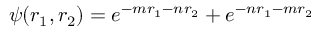
\psi ( r _ { 1 } , r _ { 2 } ) = e ^ { - m r _ { 1 } - n r _ { 2 } } + e ^ { - n r _ { 1 } - m r _ { 2 } }